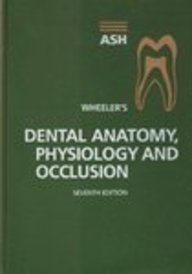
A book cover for Wheeler's Dental Anatomy, Physiology and Occlusion, 7e; Major M. Ash Jr. BS  DDS  MS  MDhc; Medical Books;